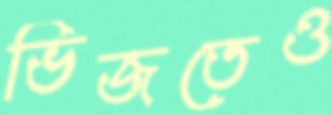
ভিজতেও